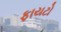
ફાયટો